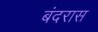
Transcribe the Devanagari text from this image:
बंदरास